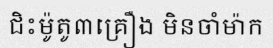
ជិះម៉ូតូ៣គ្រឿង មិនចាំម៉ាក